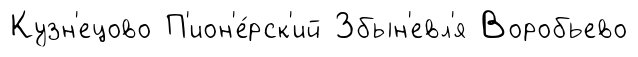
Кузн'ецово П'ион'е́рск'ий Збын'евл'я Воробьево